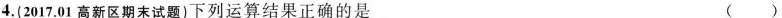
4.(2017，01高新区期末试题)下列运算结果正确的是 ( )